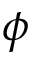
\phi